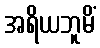
အရိယဘူမိံ